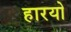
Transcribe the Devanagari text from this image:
हारयो